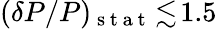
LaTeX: (\delta P/P)_{\mathrm{~s~t~a~t~}}\! \lesssim\! 1.5\